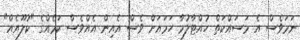
ނަމަވެސް އެ މަސައްކަތް ހުއްޓާލުމާ ހަމައަށް ވެސް އެއިން އެއްްވެސް ކަމެއްގެ "ކުލޫއެއް"